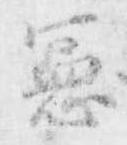
憲